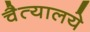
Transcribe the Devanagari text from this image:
चैत्यालये